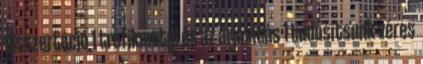
disszertáció 1 trafikmutyi és az árjásítás 1 tudósítsunk véres